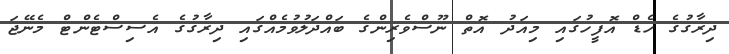
ދިރާގުގެ ހެޑް އޮފީހުގައި މިއަދު އޮތް ނޫސްވެރިންގެ ބައްދަލުވުމެއްގައި ދިރާގުގެ އެސިސްޓެންޓް މެނޭޖަ